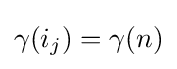
\gamma (i_{j})=\gamma (n)